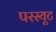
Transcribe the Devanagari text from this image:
परस्यूट